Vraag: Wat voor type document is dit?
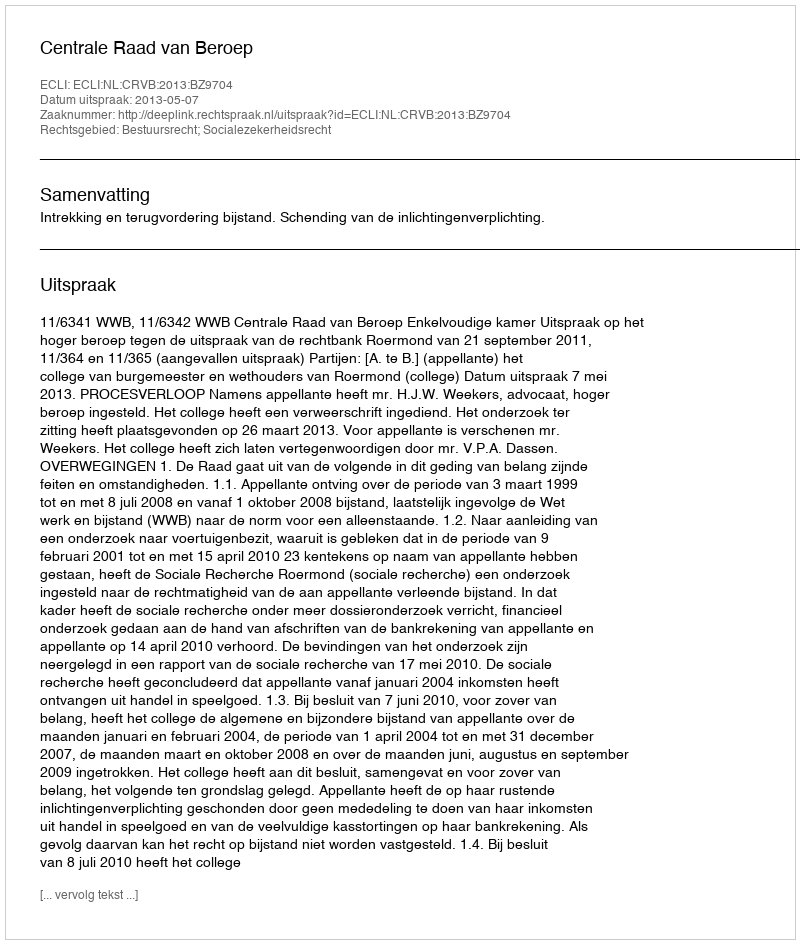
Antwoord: Uitspraak